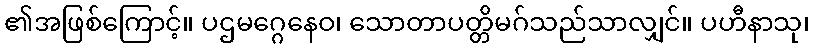
၏အဖြစ်ကြောင့်။ ပဌမဂ္ဂေနေဝ၊ သောတာပတ္တိမဂ်သည်သာလျှင်။ ပဟီနာသု၊